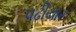
પઢીયાર